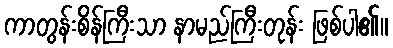
ကာတွန်းစိန်ကြီးသာ နာမည်ကြီးတုန်း ဖြစ်ပါ၏။